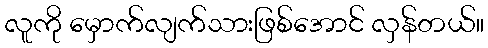
လူကို မှောက်လျက်သားဖြစ်အောင် လှန်တယ်။